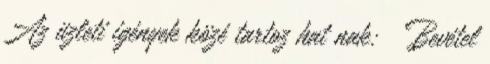
Az üzleti igények közé tartoz hat nak: ◦ Bevétel